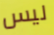
ليس